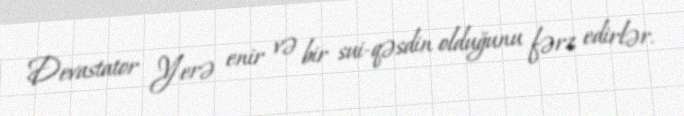
Devastator Yerə enir və bir sui-qəsdin olduğunu fərz edirlər.